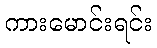
ကားမောင်းရင်း